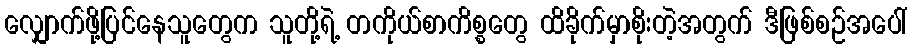
လျှောက်ဖို့ပြင်နေသူတွေက သူတို့ရဲ့ တကိုယ်စာကိစ္စတွေ ထိခိုက်မှာစိုးတဲ့အတွက် ဒီဖြစ်စဉ်အပေါ်